Annual administration and progress report of the Indian Medical Department, Bombay
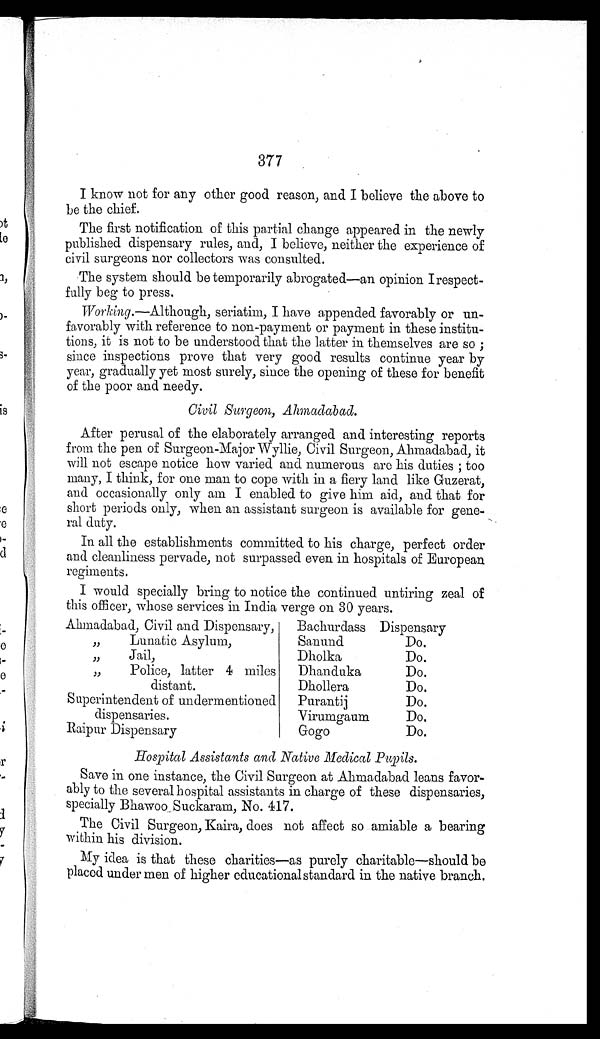
377
I know not for any other good reason, and I believe the above to
be the chief.
The first notification of this partial change appeared in the newly
published dispensary rules, and, I believe, neither the experience of
civil surgeons nor collectors was consulted.
The system should be temporarily abrogated—an opinion
I r e s p e c t - f u l l y b e g t o p r e s s .
Working.—Although, seriatim, I have appended favorably or un-
favorably with reference to non-payment or payment in these institu-
tions, it is not to be understood that the latter in themselves are so ;
since inspections prove that very good results continue year by
year, gradually yet most surely, since the opening of these for benefit
of the poor and needy.
Civil Surgeon, Ahmadabad.
After perusal of the elaborately arranged and interesting reports
from the pen of Surgeon-Major Wyllie, Civil Surgeon, Ahmadabad, it
will not escape notice how varied and numerous are his duties ; too
many, I think, for one man to cope with in a fiery land like Guzerat,
and occasionally only am I enabled to give him aid, and that for
short periods only, when an assistant surgeon is available for gene-
ral duty.
In all the establishments committed to his charge, perfect order
and cleanliness pervade, not surpassed even in hospitals of European
regiments.
I would specially bring to notice the continued untiring zeal of
this officer, whose services in India verge on 30 years.
Ahmadabad, Civil and Dispensary,
,,
Lunatic Asylum,
,,
Jail,
,,
Police, latter 4 miles
distant.
Superintendent of undermentioned
dispensaries.
Raipur Dispensary
Bachurdass Dispensary
Sanund
Do.
Dholka
Do.
Dhanduka
Do.
Dhollera
Do.
Purantij
Do.
Virumgaum
Do.
Gogo
Do.
Hospital Assistants and Native Medical Pupils.
Save in one instance, the Civil Surgeon at Ahmadabad leans favor-
ably to the several hospital assistants in charge of these dispensaries,
specially Bhawoo Suckaram, No. 417.
The Civil Surgeon, Kaira, does not affect so amiable a bearing
within his division.
My idea is that these charities—as purely charitable—should be
placed under men of higher educationalstandard in the native branch.